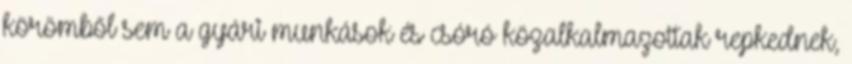
körömből sem a gyári munkások és csóró közalkalmazottak repkednek,